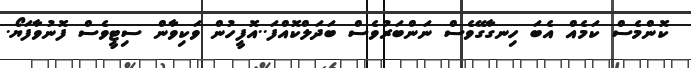
ކޮންމެސް ކަމެއް އެބަ ހިނގާގޭވެސް ނަންބަރުވެސް ބަދަލްކޮއްފަ..އޮފީހުން ވަކިވާން ސިޓީވެސް ފޮނުވާފަޔޯ.